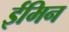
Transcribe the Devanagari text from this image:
ईमिन